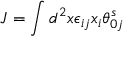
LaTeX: J = \int d ^ { 2 } x \epsilon _ { i j } x _ { i } \theta _ { 0 j } ^ { s }